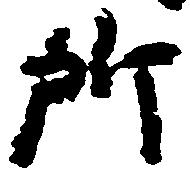
所